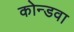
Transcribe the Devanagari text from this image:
कोन्डवा